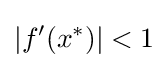
|f'(x^{*})|<1